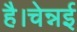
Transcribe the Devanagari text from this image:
है।चेन्नई